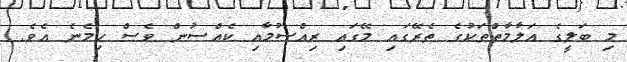
މި ބަލީގެ އަލާމާތްތަކުގެ ތެރޭގައި މޭގައި ރިއްސުމާއި ކެއްސުން ވެސް ހިމެނެ އެވެ.